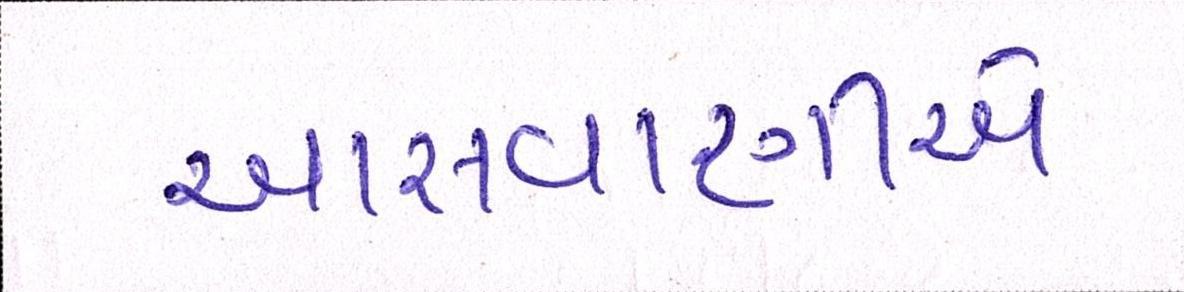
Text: આસવાણીએ